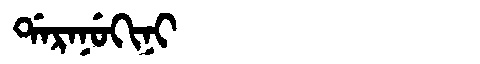
Manchu: ᡩᠠᡵᠠᠨᡠᡴᡳᠨᡳ
Romanization: DARANUKINI